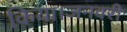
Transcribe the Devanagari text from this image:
किया।जनवरी